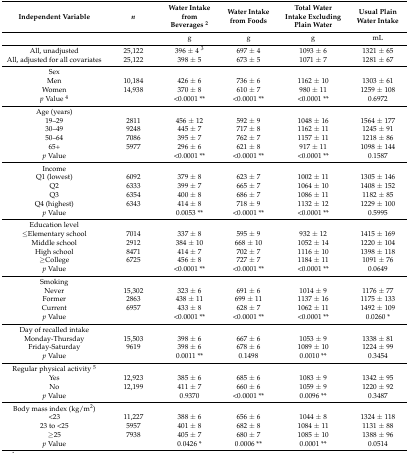
<table><thead><tr><td><b>Independent Variable</b></td><td><b><i>n</i></b></td><td><b>Water Intake from Beverages <sup>2</sup></b></td><td><b>Water Intake from Foods</b></td><td><b>Total Water Intake Excluding Plain Water</b></td><td><b>Usual Plain Water Intake</b></td></tr></thead><tbody><tr><td></td><td></td><td>g</td><td>g</td><td>g</td><td>mL</td></tr><tr><td>All, unadjusted</td><td>25,122</td><td>396 ± 4 <sup>3</sup></td><td>697 ± 4</td><td>1093 ± 6</td><td>1321 ± 65</td></tr><tr><td>All, adjusted for all covariates</td><td>25,122</td><td>398 ± 5</td><td>673 ± 5</td><td>1071 ± 7</td><td>1281 ± 67</td></tr><tr><td>Sex</td><td></td><td></td><td></td><td></td><td></td></tr><tr><td>Men</td><td>10,184</td><td>426 ± 6</td><td>736 ± 6</td><td>1162 ± 10</td><td>1303 ± 61</td></tr><tr><td>Women</td><td>14,938</td><td>370 ± 8</td><td>610 ± 7</td><td>980 ± 11</td><td>1259 ± 108</td></tr><tr><td><i>p</i> Value <sup>4</sup></td><td></td><td>&lt;0.0001 **</td><td>&lt;0.0001 **</td><td>&lt;0.0001 **</td><td>0.6972</td></tr><tr><td>Age (years)</td><td></td><td></td><td></td><td></td><td></td></tr><tr><td>19–29</td><td>2811</td><td>456 ± 12</td><td>592 ± 9</td><td>1048 ± 16</td><td>1564 ± 177</td></tr><tr><td>30–49</td><td>9248</td><td>445 ± 7</td><td>717 ± 8</td><td>1162 ± 11</td><td>1245 ± 91</td></tr><tr><td>50–64</td><td>7086</td><td>395 ± 7</td><td>762 ± 7</td><td>1157 ± 11</td><td>1218 ± 86</td></tr><tr><td>65+</td><td>5977</td><td>296 ± 6</td><td>621 ± 8</td><td>917 ± 11</td><td>1098 ± 144</td></tr><tr><td><i>p</i> Value</td><td></td><td>&lt;0.0001 **</td><td>&lt;0.0001 **</td><td>&lt;0.0001 **</td><td>0.1587</td></tr><tr><td>Income</td><td></td><td></td><td></td><td></td><td></td></tr><tr><td>Q1 (lowest)</td><td>6092</td><td>379 ± 8</td><td>623 ± 7</td><td>1002 ± 11</td><td>1305 ± 146</td></tr><tr><td>Q2</td><td>6333</td><td>399 ± 7</td><td>665 ± 7</td><td>1064 ± 10</td><td>1408 ± 152</td></tr><tr><td>Q3</td><td>6354</td><td>400 ± 8</td><td>686 ± 7</td><td>1086 ± 11</td><td>1182 ± 85</td></tr><tr><td>Q4 (highest)</td><td>6343</td><td>414 ± 8</td><td>718 ± 9</td><td>1132 ± 12</td><td>1229 ± 100</td></tr><tr><td><i>p</i> Value</td><td></td><td>0.0053 **</td><td>&lt;0.0001 **</td><td>&lt;0.0001 **</td><td>0.5995</td></tr><tr><td>Education level</td><td></td><td></td><td></td><td></td><td></td></tr><tr><td>≤Elementary school</td><td>7014</td><td>337 ± 8</td><td>595 ± 9</td><td>932 ± 12</td><td>1415 ± 169</td></tr><tr><td>Middle school</td><td>2912</td><td>384 ± 10</td><td>668 ± 10</td><td>1052 ± 14</td><td>1220 ± 104</td></tr><tr><td>High school</td><td>8471</td><td>414 ± 7</td><td>702 ± 7</td><td>1116 ± 10</td><td>1398 ± 118</td></tr><tr><td>≥College</td><td>6725</td><td>456 ± 8</td><td>727 ± 7</td><td>1184 ± 11</td><td>1091 ± 76</td></tr><tr><td><i>p</i> Value</td><td></td><td>&lt;0.0001 **</td><td>&lt;0.0001 **</td><td>&lt;0.0001 **</td><td>0.0649</td></tr><tr><td>Smoking</td><td></td><td></td><td></td><td></td><td></td></tr><tr><td>Never</td><td>15,302</td><td>323 ± 6</td><td>691 ± 6</td><td>1014 ± 9</td><td>1176 ± 77</td></tr><tr><td>Former</td><td>2863</td><td>438 ± 11</td><td>699 ± 11</td><td>1137 ± 16</td><td>1175 ± 133</td></tr><tr><td>Current</td><td>6957</td><td>433 ± 8</td><td>628 ± 7</td><td>1062 ± 11</td><td>1492 ± 109</td></tr><tr><td><i>p</i> Value</td><td></td><td>&lt;0.0001 **</td><td>&lt;0.0001 **</td><td>&lt;0.0001 **</td><td>0.0260 *</td></tr><tr><td>Day of recalled intake</td><td></td><td></td><td></td><td></td><td></td></tr><tr><td>Monday-Thursday</td><td>15,503</td><td>398 ± 6</td><td>667 ± 6</td><td>1053 ± 9</td><td>1338 ± 81</td></tr><tr><td>Friday-Saturday</td><td>9619</td><td>398 ± 6</td><td>678 ± 6</td><td>1089 ± 10</td><td>1224 ± 99</td></tr><tr><td><i>p</i> Value</td><td></td><td>0.0011 **</td><td>0.1498</td><td>0.0010 **</td><td>0.3454</td></tr><tr><td>Regular physical activity <sup>5</sup></td><td></td><td></td><td></td><td></td><td></td></tr><tr><td>Yes</td><td>12,923</td><td>385 ± 6</td><td>685 ± 6</td><td>1083 ± 9</td><td>1342 ± 95</td></tr><tr><td>No</td><td>12,199</td><td>411 ± 7</td><td>660 ± 6</td><td>1059 ± 9</td><td>1220 ± 92</td></tr><tr><td><i>p</i> Value</td><td></td><td>0.9370</td><td>&lt;0.0001 **</td><td>0.0096 **</td><td>0.3487</td></tr><tr><td>Body mass index (kg/m<sup>2</sup>)</td><td></td><td></td><td></td><td></td><td></td></tr><tr><td>&lt;23</td><td>11,227</td><td>388 ± 6</td><td>656 ± 6</td><td>1044 ± 8</td><td>1324 ± 118</td></tr><tr><td>23 to &lt;25</td><td>5957</td><td>401 ± 8</td><td>682 ± 8</td><td>1084 ± 11</td><td>1131 ± 88</td></tr><tr><td>≥25</td><td>7938</td><td>405 ± 7</td><td>680 ± 7</td><td>1085 ± 10</td><td>1388 ± 96</td></tr><tr><td><i>p</i> Value</td><td></td><td>0.0426 *</td><td>0.0006 **</td><td>0.0001 **</td><td>0.0514</td></tr></tbody></table>